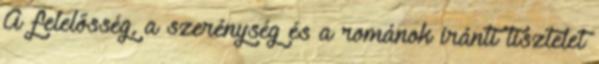
A felelősség, a szerénység és a románok iránti tisztelet